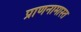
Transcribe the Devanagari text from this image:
प्राणनामास्त